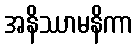
အနိဿာမနိကာ